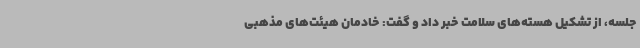
جلسه، از تشکیل هسته‌های سلامت خبر داد و گفت: خادمان هیئت‌های مذهبی